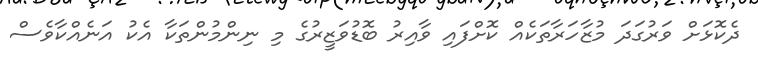
ދެކޮޅަށް ވަރުގަދަ މުޒާހަރާތަކެއް ކޮށްފައި ވާއިރު ބޮޑުވަޒީރުގެ މި ނިންމުންތަކާ އެކު އަނެއްކާވެސް